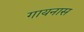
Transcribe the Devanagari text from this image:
गायनास